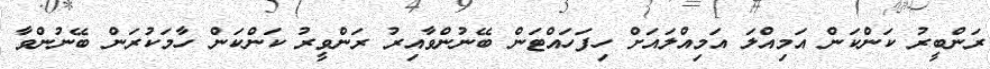
ރަންބީރު ކަންކަން އަމިއްލަ އަމިއްލައަށް ހިފަހައްޓަން ބޭނުންވާއިރު ރަންވީރު ކަންކަން ހާމަކުރަން ބޭނުންވާ